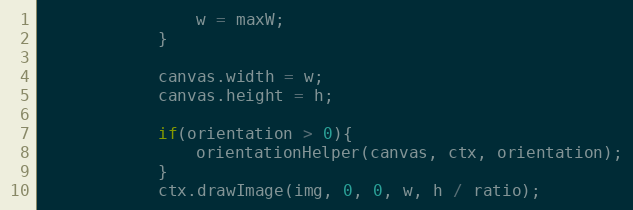
Language: JavaScript
                w = maxW;
            }

            canvas.width = w;
            canvas.height = h;

            if(orientation > 0){
                orientationHelper(canvas, ctx, orientation);
            }
            ctx.drawImage(img, 0, 0, w, h / ratio);